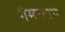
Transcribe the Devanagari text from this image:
गेमस्टाप